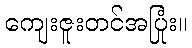
ကျေးဇူးတင်အပြုံး။